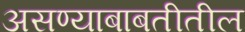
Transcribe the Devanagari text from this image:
असण्याबाबतीतील